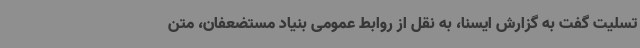
تسلیت گفت به گزارش ایسنا، به نقل از روابط عمومی بنیاد مستضعفان، متن